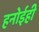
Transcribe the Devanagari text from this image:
हनोईही